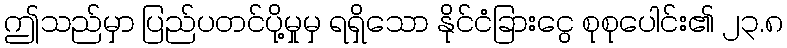
ဤသည်မှာ ပြည်ပတင်ပို့မှုမှ ရရှိသော နိုင်ငံခြားငွေ စုစုပေါင်း၏ ၂၃.၈